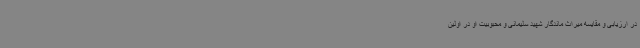
در ارزیابی و مقایسه میراث ماندگار شهید سلیمانی و محبوبیت او در اولین